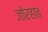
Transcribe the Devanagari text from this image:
जोरहात